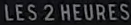
LES2HEURESS